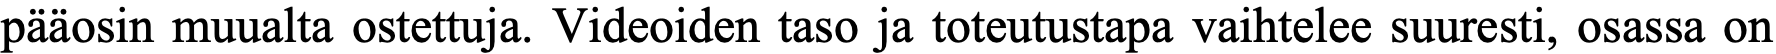
pääosin muualta ostettuja. Videoiden taso ja toteutustapa vaihtelee suuresti, osassa on